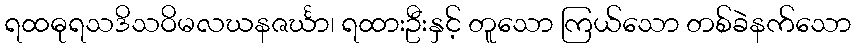
ရထဓုရသဒိသဝိမလဃနဇင်္ဃာ၊ ရထားဦးနှင့် တူသော ကြယ်သော တစ်ခဲနက်သော